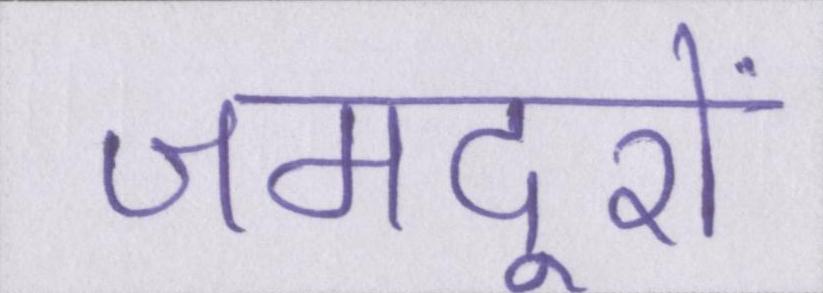
जमदूरों